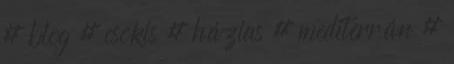
# blog # csokis # házias # mediterrán #